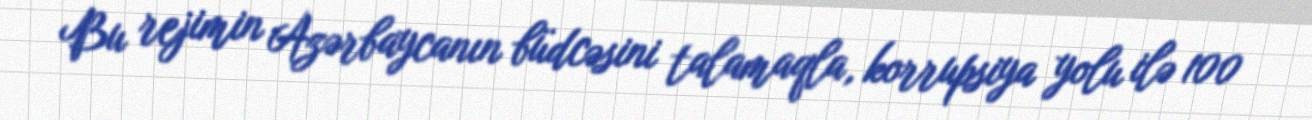
Bu rejimin Azərbaycanın büdcəsini talamaqla, korrupsiya yolu ilə 100